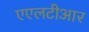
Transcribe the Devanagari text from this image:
एएलटीआर